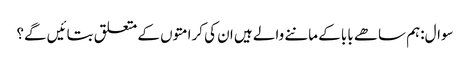
سوال:ہم ساھے بابا کے ماننے والے ہیں ان کی کرامتوں کے متعلق بتائیں گے؟